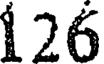
126